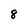
Character: 8